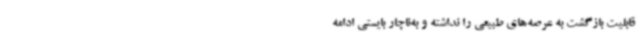
قابلیت بازگشت به عرصه‌های طبیعی را نداشته و به‌ناچار بایستی ادامه